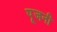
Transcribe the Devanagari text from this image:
पूजनी